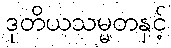
ဒုတိယသမ္မတနှင့်